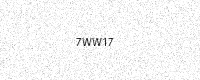
Text: 7WW17